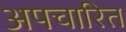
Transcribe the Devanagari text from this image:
अपचारित